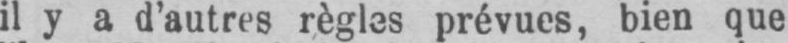
il y a d’autres règles prévues, bien que